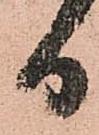
日